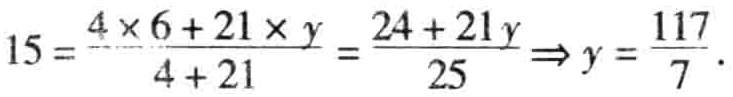
$15=\frac{4\times 6 + 21\times y}{4 + 21}=\frac{24 + 21y}{25}\Rightarrow y=\frac{117}{7}.$